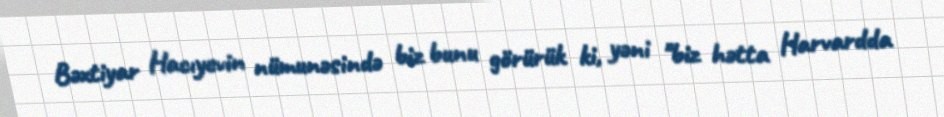
Bəxtiyar Hacıyevin nümunəsində biz bunu görürük ki, yəni "biz hətta Harvardda